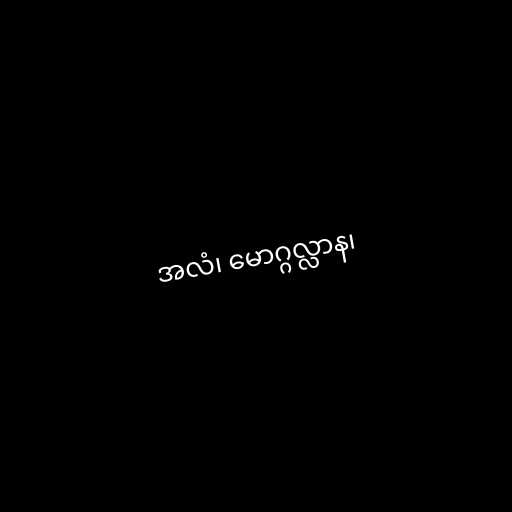
အလံ၊ မောဂ္ဂလ္လာန၊